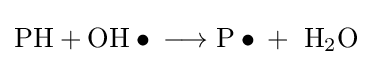
{{\text{PH}}{}+{}\mathrm {OH} \bullet {}\mathrel {\longrightarrow } {}\mathrm {P} \bullet {}+{}\ \mathrm {H} {\vphantom {A}}_{\smash[{t}]{2}}\mathrm {O} }